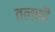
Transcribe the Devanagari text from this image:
तलकी